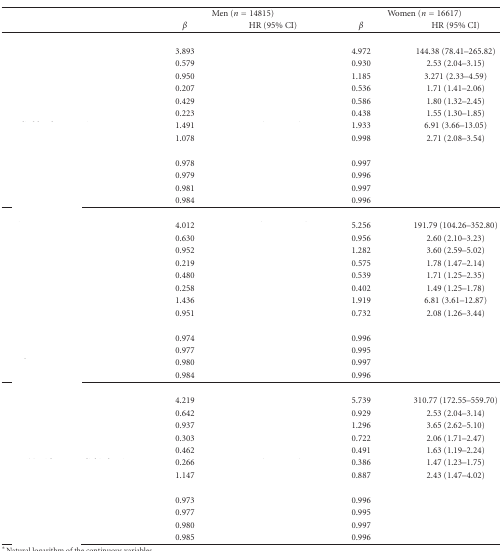
<table><thead><tr><td>[EMPTY_CELL]</td><td colspan="2"><b>Men (<i>n</i> = 14815)</b></td><td colspan="2"><b>Women (<i>n</i> = 16617)</b></td></tr><tr><td>[EMPTY_CELL]</td><td><b><i>β</i></b></td><td><b>HR (95% CI)</b></td><td><b><i>β</i></b></td><td><b>HR (95% CI) </b></td></tr></thead><tbody><tr><td>[EMPTY_CELL]</td><td>[EMPTY_CELL]</td><td>[EMPTY_CELL]</td><td>[EMPTY_CELL]</td><td>[EMPTY_CELL]</td></tr><tr><td>[EMPTY_CELL]</td><td>3.893</td><td>[EMPTY_CELL]</td><td>4.972</td><td>144.38 (78.41–265.82)</td></tr><tr><td>[EMPTY_CELL]</td><td>0.579</td><td>[EMPTY_CELL]</td><td>0.930</td><td>2.53 (2.04–3.15)</td></tr><tr><td>[EMPTY_CELL]</td><td>0.950</td><td>[EMPTY_CELL]</td><td>1.185</td><td>3.271 (2.33–4.59)</td></tr><tr><td>[EMPTY_CELL]</td><td>0.207</td><td>[EMPTY_CELL]</td><td>0.536</td><td>1.71 (1.41–2.06)</td></tr><tr><td>[EMPTY_CELL]</td><td>0.429</td><td>[EMPTY_CELL]</td><td>0.586</td><td>1.80 (1.32–2.45)</td></tr><tr><td>[EMPTY_CELL]</td><td>0.223</td><td>[EMPTY_CELL]</td><td>0.438</td><td>1.55 (1.30–1.85)</td></tr><tr><td>[EMPTY_CELL]</td><td>1.491</td><td>[EMPTY_CELL]</td><td>1.933</td><td>6.91 (3.66–13.05)</td></tr><tr><td>[EMPTY_CELL]</td><td>1.078</td><td>[EMPTY_CELL]</td><td>0.998</td><td>2.71 (2.08–3.54)</td></tr><tr><td>[EMPTY_CELL]</td><td>[EMPTY_CELL]</td><td>[EMPTY_CELL]</td><td>[EMPTY_CELL]</td><td>[EMPTY_CELL]</td></tr><tr><td>[EMPTY_CELL]</td><td>0.978</td><td>[EMPTY_CELL]</td><td>0.997</td><td>[EMPTY_CELL]</td></tr><tr><td>[EMPTY_CELL]</td><td>0.979</td><td>[EMPTY_CELL]</td><td>0.996</td><td>[EMPTY_CELL]</td></tr><tr><td>[EMPTY_CELL]</td><td>0.981</td><td>[EMPTY_CELL]</td><td>0.997</td><td>[EMPTY_CELL]</td></tr><tr><td>[EMPTY_CELL]</td><td>0.984</td><td>[EMPTY_CELL]</td><td>0.996</td><td>[EMPTY_CELL]</td></tr><tr><td>[EMPTY_CELL]</td><td>[EMPTY_CELL]</td><td>[EMPTY_CELL]</td><td>[EMPTY_CELL]</td><td>[EMPTY_CELL]</td></tr><tr><td>[EMPTY_CELL]</td><td>4.012</td><td>[EMPTY_CELL]</td><td>5.256</td><td>191.79 (104.26–352.80)</td></tr><tr><td>[EMPTY_CELL]</td><td>0.630</td><td>[EMPTY_CELL]</td><td>0.956</td><td>2.60 (2.10–3.23)</td></tr><tr><td>[EMPTY_CELL]</td><td>0.952</td><td>[EMPTY_CELL]</td><td>1.282</td><td>3.60 (2.59–5.02)</td></tr><tr><td>[EMPTY_CELL]</td><td>0.219</td><td>[EMPTY_CELL]</td><td>0.575</td><td>1.78 (1.47–2.14)</td></tr><tr><td>[EMPTY_CELL]</td><td>0.480</td><td>[EMPTY_CELL]</td><td>0.539</td><td>1.71 (1.25–2.35)</td></tr><tr><td>[EMPTY_CELL]</td><td>0.258</td><td>[EMPTY_CELL]</td><td>0.402</td><td>1.49 (1.25–1.78)</td></tr><tr><td>[EMPTY_CELL]</td><td>1.436</td><td>[EMPTY_CELL]</td><td>1.919</td><td>6.81 (3.61–12.87)</td></tr><tr><td>[EMPTY_CELL]</td><td>0.951</td><td>[EMPTY_CELL]</td><td>0.732</td><td>2.08 (1.26–3.44)</td></tr><tr><td>[EMPTY_CELL]</td><td>[EMPTY_CELL]</td><td>[EMPTY_CELL]</td><td>[EMPTY_CELL]</td><td>[EMPTY_CELL]</td></tr><tr><td>[EMPTY_CELL]</td><td>0.974</td><td>[EMPTY_CELL]</td><td>0.996</td><td>[EMPTY_CELL]</td></tr><tr><td>[EMPTY_CELL]</td><td>0.977</td><td>[EMPTY_CELL]</td><td>0.995</td><td>[EMPTY_CELL]</td></tr><tr><td>[EMPTY_CELL]</td><td>0.980</td><td>[EMPTY_CELL]</td><td>0.997</td><td>[EMPTY_CELL]</td></tr><tr><td>[EMPTY_CELL]</td><td>0.984</td><td>[EMPTY_CELL]</td><td>0.996</td><td>[EMPTY_CELL]</td></tr><tr><td>[EMPTY_CELL]</td><td>[EMPTY_CELL]</td><td>[EMPTY_CELL]</td><td>[EMPTY_CELL]</td><td>[EMPTY_CELL]</td></tr><tr><td>[EMPTY_CELL]</td><td>4.219</td><td>[EMPTY_CELL]</td><td>5.739</td><td>310.77 (172.55–559.70)</td></tr><tr><td>[EMPTY_CELL]</td><td>0.642</td><td>[EMPTY_CELL]</td><td>0.929</td><td>2.53 (2.04–3.14)</td></tr><tr><td>[EMPTY_CELL]</td><td>0.937</td><td>[EMPTY_CELL]</td><td>1.296</td><td>3.65 (2.62–5.10)</td></tr><tr><td>[EMPTY_CELL]</td><td>0.303</td><td>[EMPTY_CELL]</td><td>0.722</td><td>2.06 (1.71–2.47)</td></tr><tr><td>[EMPTY_CELL]</td><td>0.462</td><td>[EMPTY_CELL]</td><td>0.491</td><td>1.63 (1.19–2.24)</td></tr><tr><td>[EMPTY_CELL]</td><td>0.266</td><td>[EMPTY_CELL]</td><td>0.386</td><td>1.47 (1.23–1.75)</td></tr><tr><td>[EMPTY_CELL]</td><td>1.147</td><td>[EMPTY_CELL]</td><td>0.887</td><td>2.43 (1.47–4.02)</td></tr><tr><td>[EMPTY_CELL]</td><td>[EMPTY_CELL]</td><td>[EMPTY_CELL]</td><td>[EMPTY_CELL]</td><td>[EMPTY_CELL]</td></tr><tr><td>[EMPTY_CELL]</td><td>0.973</td><td>[EMPTY_CELL]</td><td>0.996</td><td>[EMPTY_CELL]</td></tr><tr><td>[EMPTY_CELL]</td><td>0.977</td><td>[EMPTY_CELL]</td><td>0.995</td><td>[EMPTY_CELL]</td></tr><tr><td>[EMPTY_CELL]</td><td>0.980</td><td>[EMPTY_CELL]</td><td>0.997</td><td>[EMPTY_CELL]</td></tr><tr><td>[EMPTY_CELL]</td><td>0.985</td><td>[EMPTY_CELL]</td><td>0.996</td><td>[EMPTY_CELL]</td></tr></tbody></table>